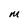
Character: M